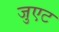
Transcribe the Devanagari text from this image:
जुएट